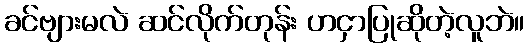
ခင်ဗျားမလဲ ဆင်လိုက်တုန်း ဟငှာပြုဆိုတဲ့လူဘဲ။